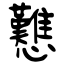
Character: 戁